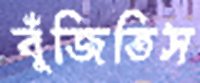
বুঁজিতিস